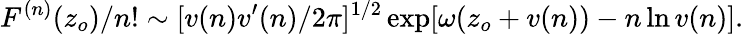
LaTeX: F^{(n)}(z_{o})/n!\sim[v(n)v^{\prime}(n)/2\pi]^{1/2}\exp[\omega(z_{o}+v(n))-n\ln v(n)].